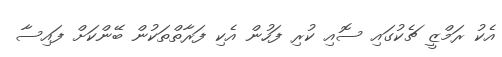
އެކު ރަމްޒީ ޗެކުގައި ސޮއި ކުރި ފަހުން އެކި ފަރާތްތަކުން ބޭންކަށް ފައިސާ